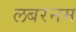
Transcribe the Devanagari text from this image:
लबरनम